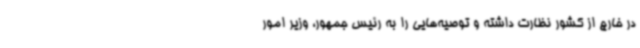
در خارج از کشور نظارت داشته و توصیه‌هایی را به رئیس جمهور، وزیر امور